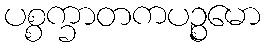
ပစ္စက္ခာတကပဉ္စမော